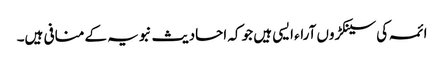
ائمہ کی سینکڑوں آراء ایسی ہیں جو کہ احادیث نبویہ کے منافی ہیں۔